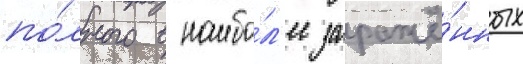
по́лного в наибо́л'ее заражё́нных